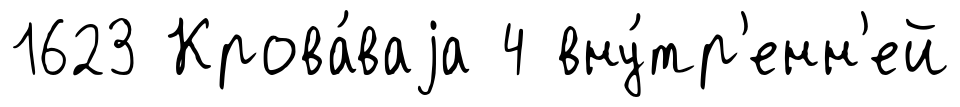
1623 Крова́ваjа 4 вну́тр'енн'ей